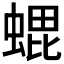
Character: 𮔢